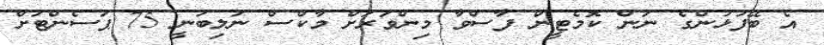
އެ ބޭފުޅުންގެ ނަން ކޮމެޓީން ފާސްވާ މިންވަރަށް މާކްސް ނުލިބުނީ 75 ޕަސެންޓަށް